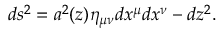
d s ^ { 2 } = a ^ { 2 } ( z ) \eta _ { \mu \nu } d x ^ { \mu } d x ^ { \nu } - d z ^ { 2 } .